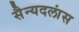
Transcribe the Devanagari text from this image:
सैन्यदलांस